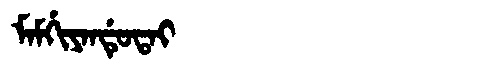
Manchu: ᠮᠠᠮᡤᡳᠶᠠᠨᡩᡠᡨᠠᡳ
Romanization: MAMGIYANDUTAI